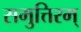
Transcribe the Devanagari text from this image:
समुत्तिरम्